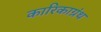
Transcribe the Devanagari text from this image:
कारिकाग्रंथ